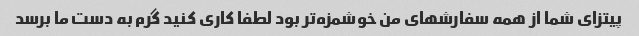
پیتزای شما از همه سفارشهای من خوشمزه‌تر بود لطفا کاری کنید گرم به دست ما برسد